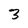
Character: 3